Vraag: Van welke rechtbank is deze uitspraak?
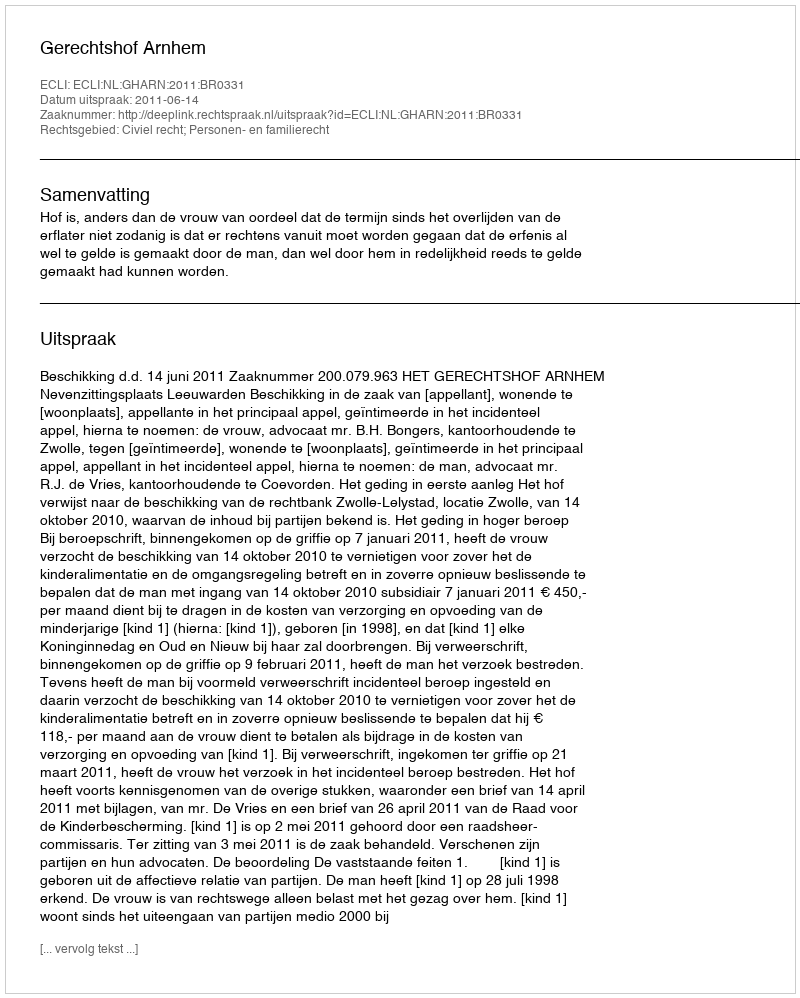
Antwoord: Gerechtshof Arnhem